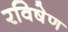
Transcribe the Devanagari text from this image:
रविषेण